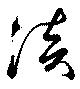
淡